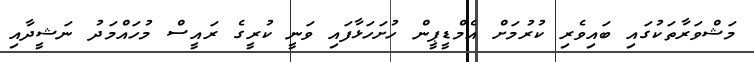
މަޝްވަރާތަކުގައި ބައިވެރި ކުރުމަށް އެމްޑީޕީން ހުށަހަޅާފައި ވަނީ ކުރީގެ ރައީސް މުހައްމަދު ނަޝީދާއި